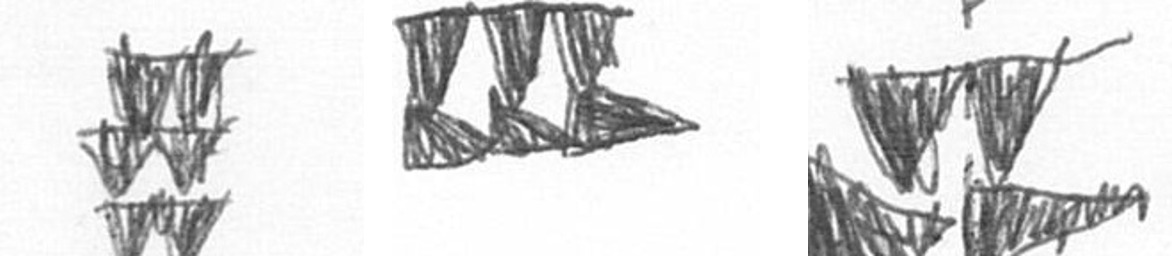
Y D B